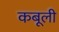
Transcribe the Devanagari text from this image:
कबूली